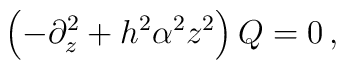
\left (-\partial_z^2 + h^2 \alpha^2 z^2\right ) Q = 0\, ,